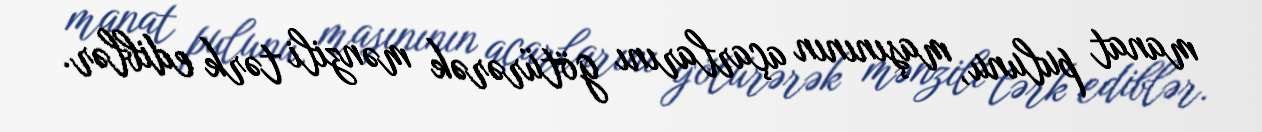
manat pulunu, maşınının açarlarını götürərək mənzili tərk ediblər.